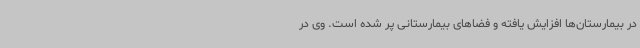
در بیمارستان‌ها افزایش یافته و فضاهای بیمارستانی پر شده است. وی در